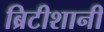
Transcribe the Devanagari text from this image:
ब्रिटीशानी